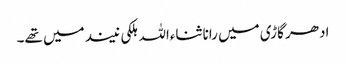
ادھر گاڑی میں رانا ثناءاللہ ہلکی نیند میں تھے۔